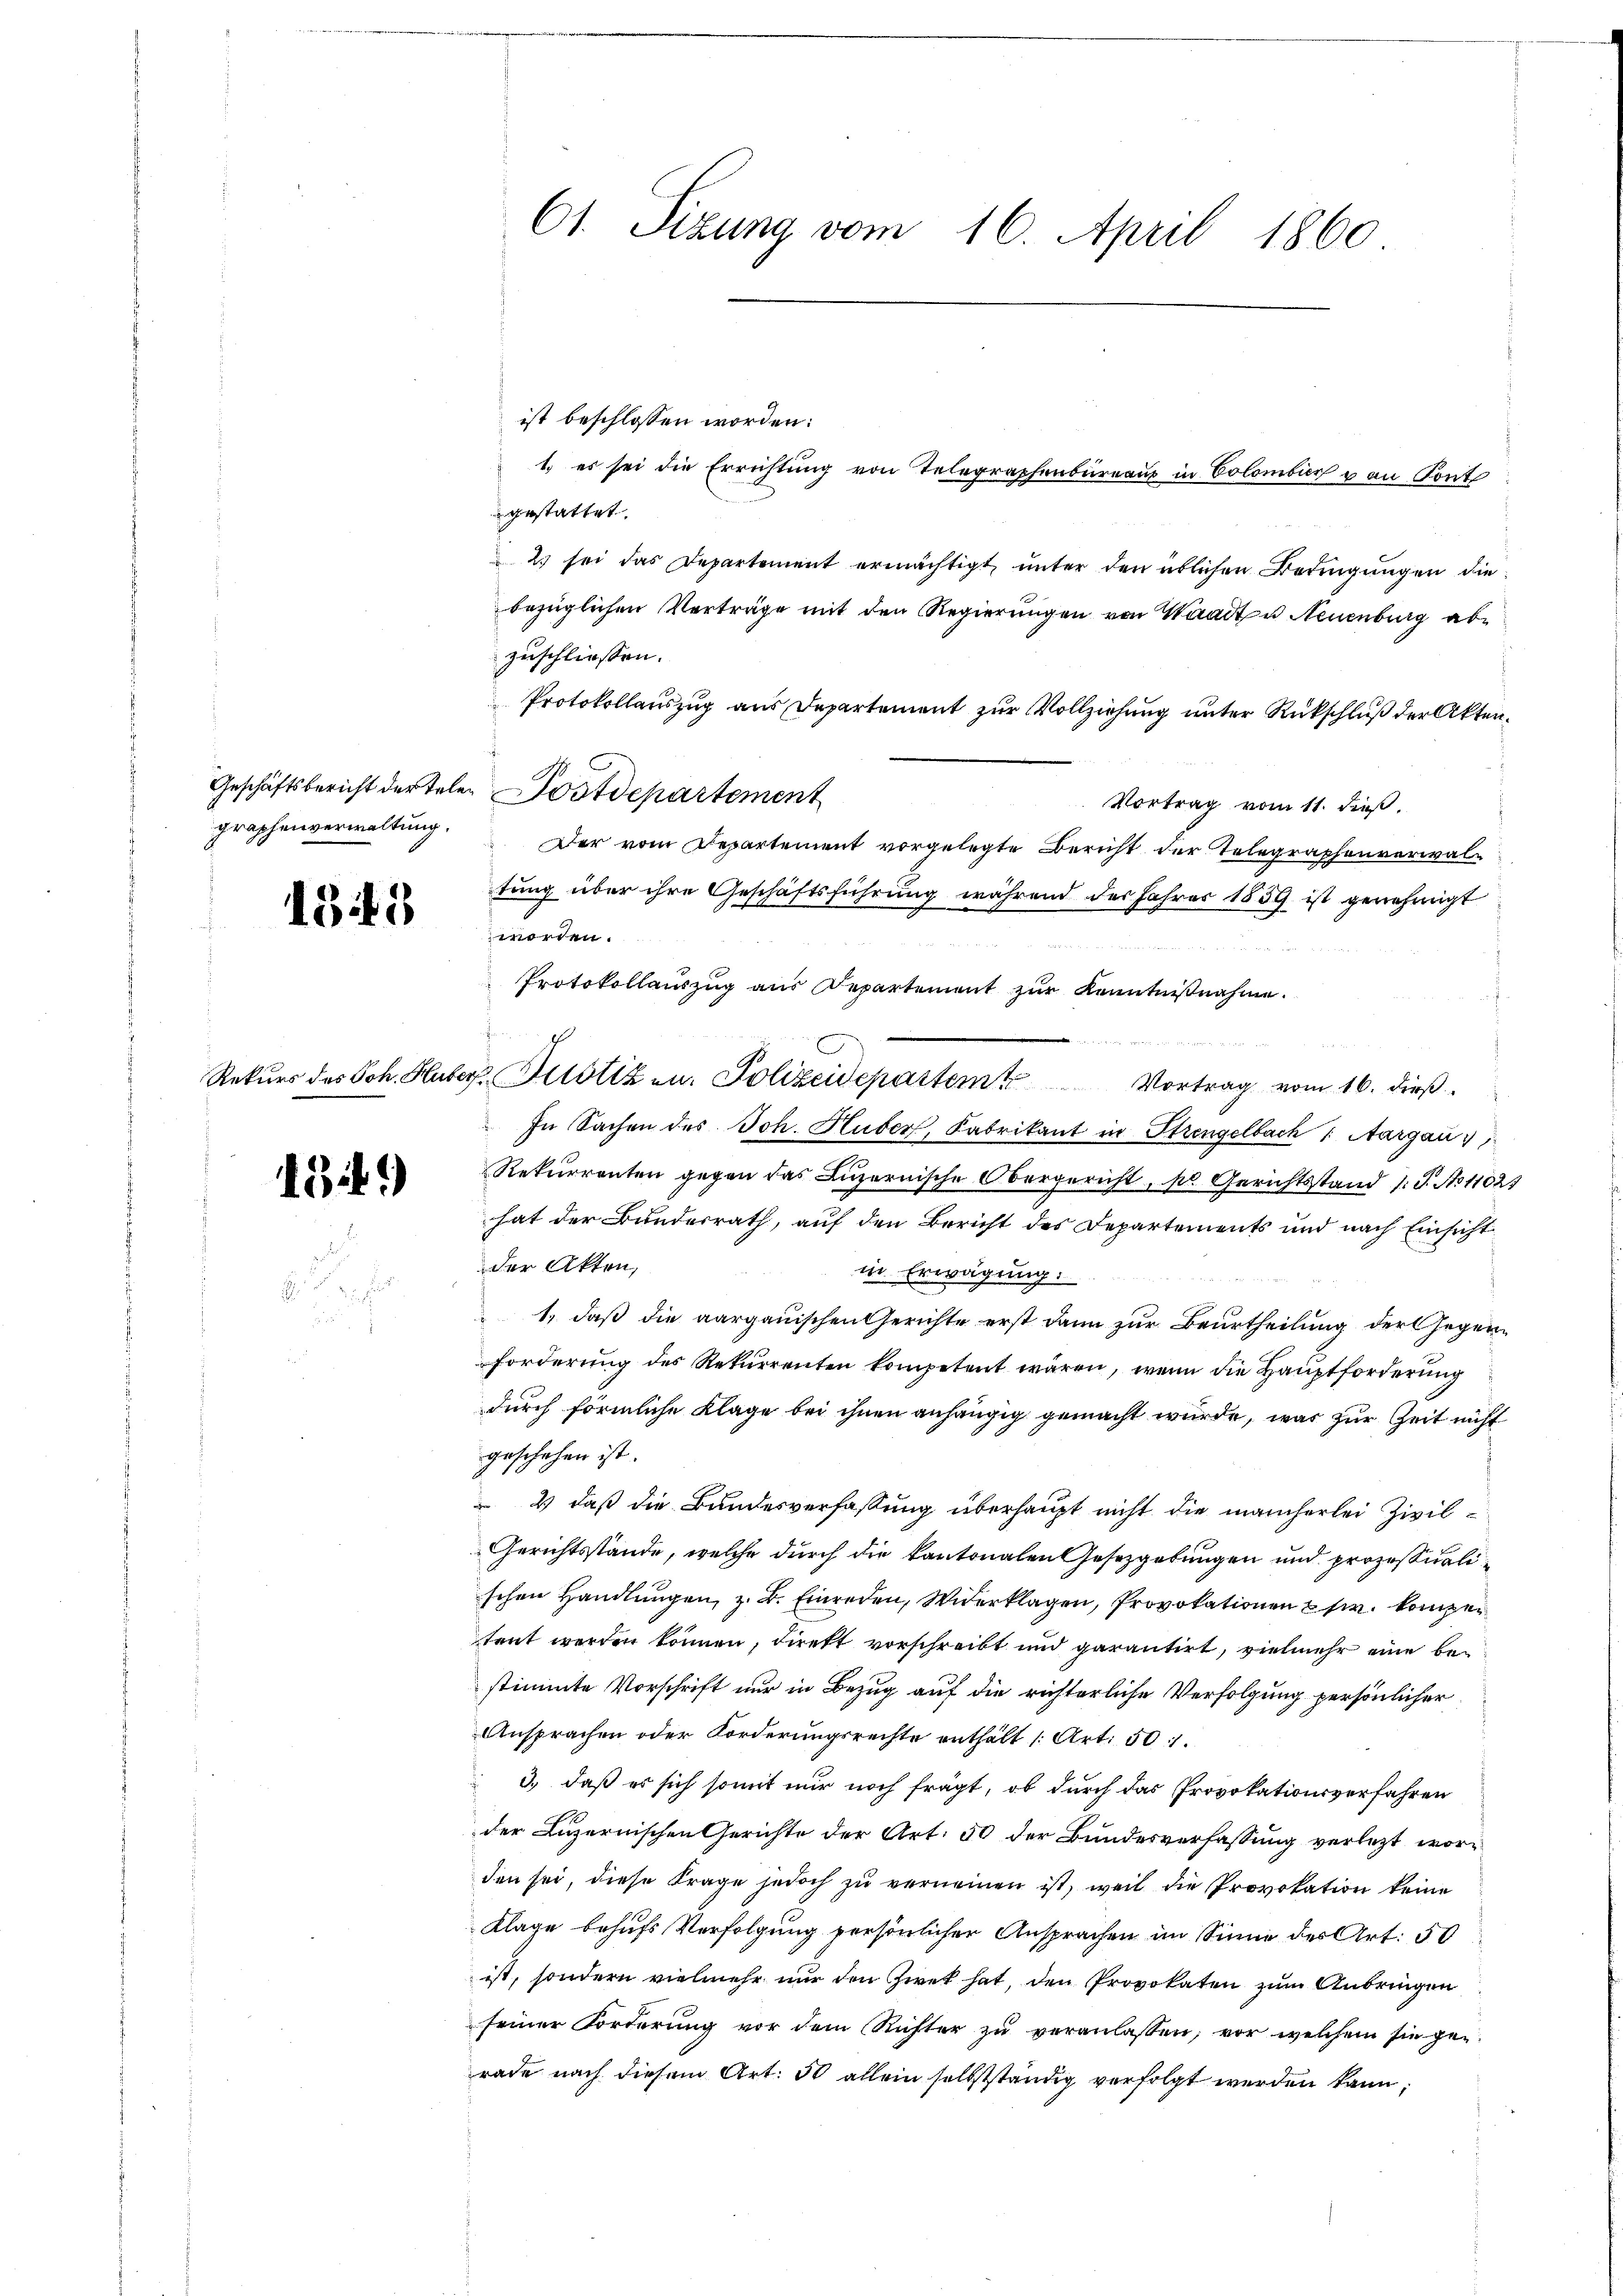
graphenverwaltung.

1345

1341)

ist beschlossen worden:
1.) es sei die Errichtung von Telegraphenbureaus in Colombier von Pont
gestattet.
2) sei das Departement ermächtigt, unter den üblichen Bedingungen diebezüglichen Verträge mit den Regierungen von Waadt u Neuenburg abzuschliessen.
Protokollauszug aus Departement zur Vollziehung unter Rückschluß der Akten¬
Geschäftsbericht der teler Postdepartement
Vortrag vom 11. dieß.
Der vom Departement vorgelegte Bericht der Telegraphenverwaltung über ihre Geschäftsführung während des Jahres 1859 ist genehmigt
worden.
Protokollauszug aus Repartement zur Kenntnißnahme.
Rekŭrs des Joh. Huber Pilotizen. Polizeidepartem Vortrag vom 16. dieß
In Sachen des Joh. Huber, Fabrikant in Strengelbach 1 Aargau,
Rekurrenten gegen das Luzernische Obergericht, pr. Gerichtsstand 1 S. No 11023
hat der Bundesrath, auf den Bericht des Departements und nach Einsicht
der Akten,
in Erwägung:
1, daß die aargauischen Gerichte erst dann zur Beurtheilung der Gegenforderung des Rekurrenten kompetent wären, wenn die Hauptforderung
durch förmliche Klage bei ihnen anhängig gemacht wurde, was zur Zeit nicht
geschehen ist.
2) daß die Bundesverfassung überhaupt nicht die mancherlei Zivil¬
Gerichtsstände, welche durch die kantonalen Gesetzgebungen und prozessualischen Handlungen, z. B. Einreden, Widerklagen, Provokationen usw. komper
trut werden können, direkt vorschreibt und garantirt, vielmehr eine bestimmte Vorschrift nur in Bezug auf die richterliche Verfolgung persönlicher
Ansprachen oder Forderungsrechte enthält 1. Art. 50.
3.) daß er sich somit mir noch fragt, ob durch das Provokationsverfahren
der Luzernischen Gerichte der Art. 50 der Bundesverfassung verletzt worden sei, diese Frage jedoch zu verneinen ist, weil die Provokation keine
Klage behufs Verfolgung persönlicher Ansprachen im Sinne des Art. 50
ist, sondern vielmehr nur den Zwet hat, den Provokaten zum Anbringen
seiner Forderung vor dem Richter zu veranlassen, vor welchem sie gerade nach diesem Art. 50 allein selbstständig verfolgt werden kann;

61. Sizung vom 16. April 1860